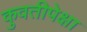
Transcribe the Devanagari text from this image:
कुवतीपेक्षा